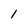
Character: 1